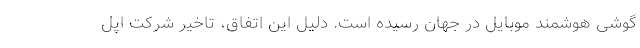
گوشی هوشمند موبایل در جهان رسیده است. دلیل این اتفاق، تاخیر شرکت اپل